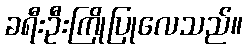
ခရီးဦးကြိုပြုလေသည်။